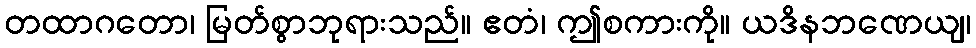
တထာဂတော၊ မြတ်စွာဘုရားသည်။ ဧတံ၊ ဤစကားကို။ ယဒိနဘဏေယျ၊